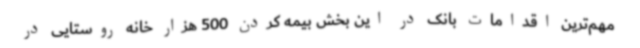
مهم‌ترین اقدامات بانک در این بخش بیمه کردن 500 هزار خانه روستایی در